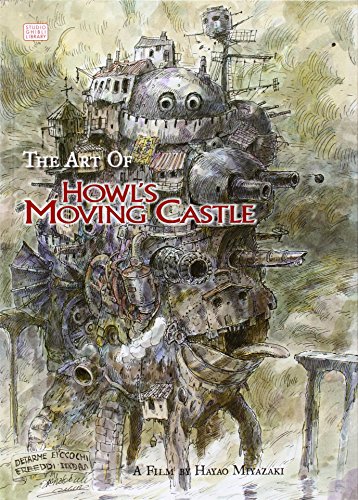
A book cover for The Art of Howl's Moving Castle; Hayao Miyazaki; Comics & Graphic Novels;